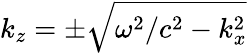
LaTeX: k_{z}=\pm\sqrt{\omega^{2}/c^{2}-k_{x}^{2}}